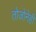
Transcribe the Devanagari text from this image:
तोजोनेही